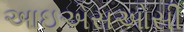
આઇએસઓસી